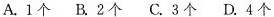
A.1个 B.2个 C.3个 D.4个